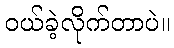
ဝယ်ခဲ့လိုက်တာပဲ။